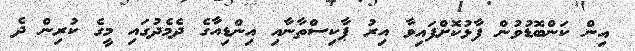
އިން ކަންބޮޑުވުން ފާޅުކޮށްފައިވާ އިރު ޕާކިސްތާނާއި އިންޑިއާގެ ދެމެދުގައި މީގެ ކުރިން ދެ